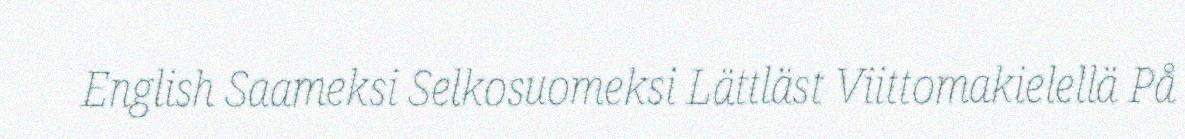
English Saameksi Selkosuomeksi Lättläst Viittomakielellä På